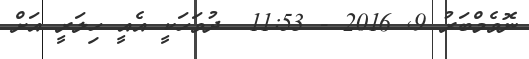
ނޮވެމްބަރު 9